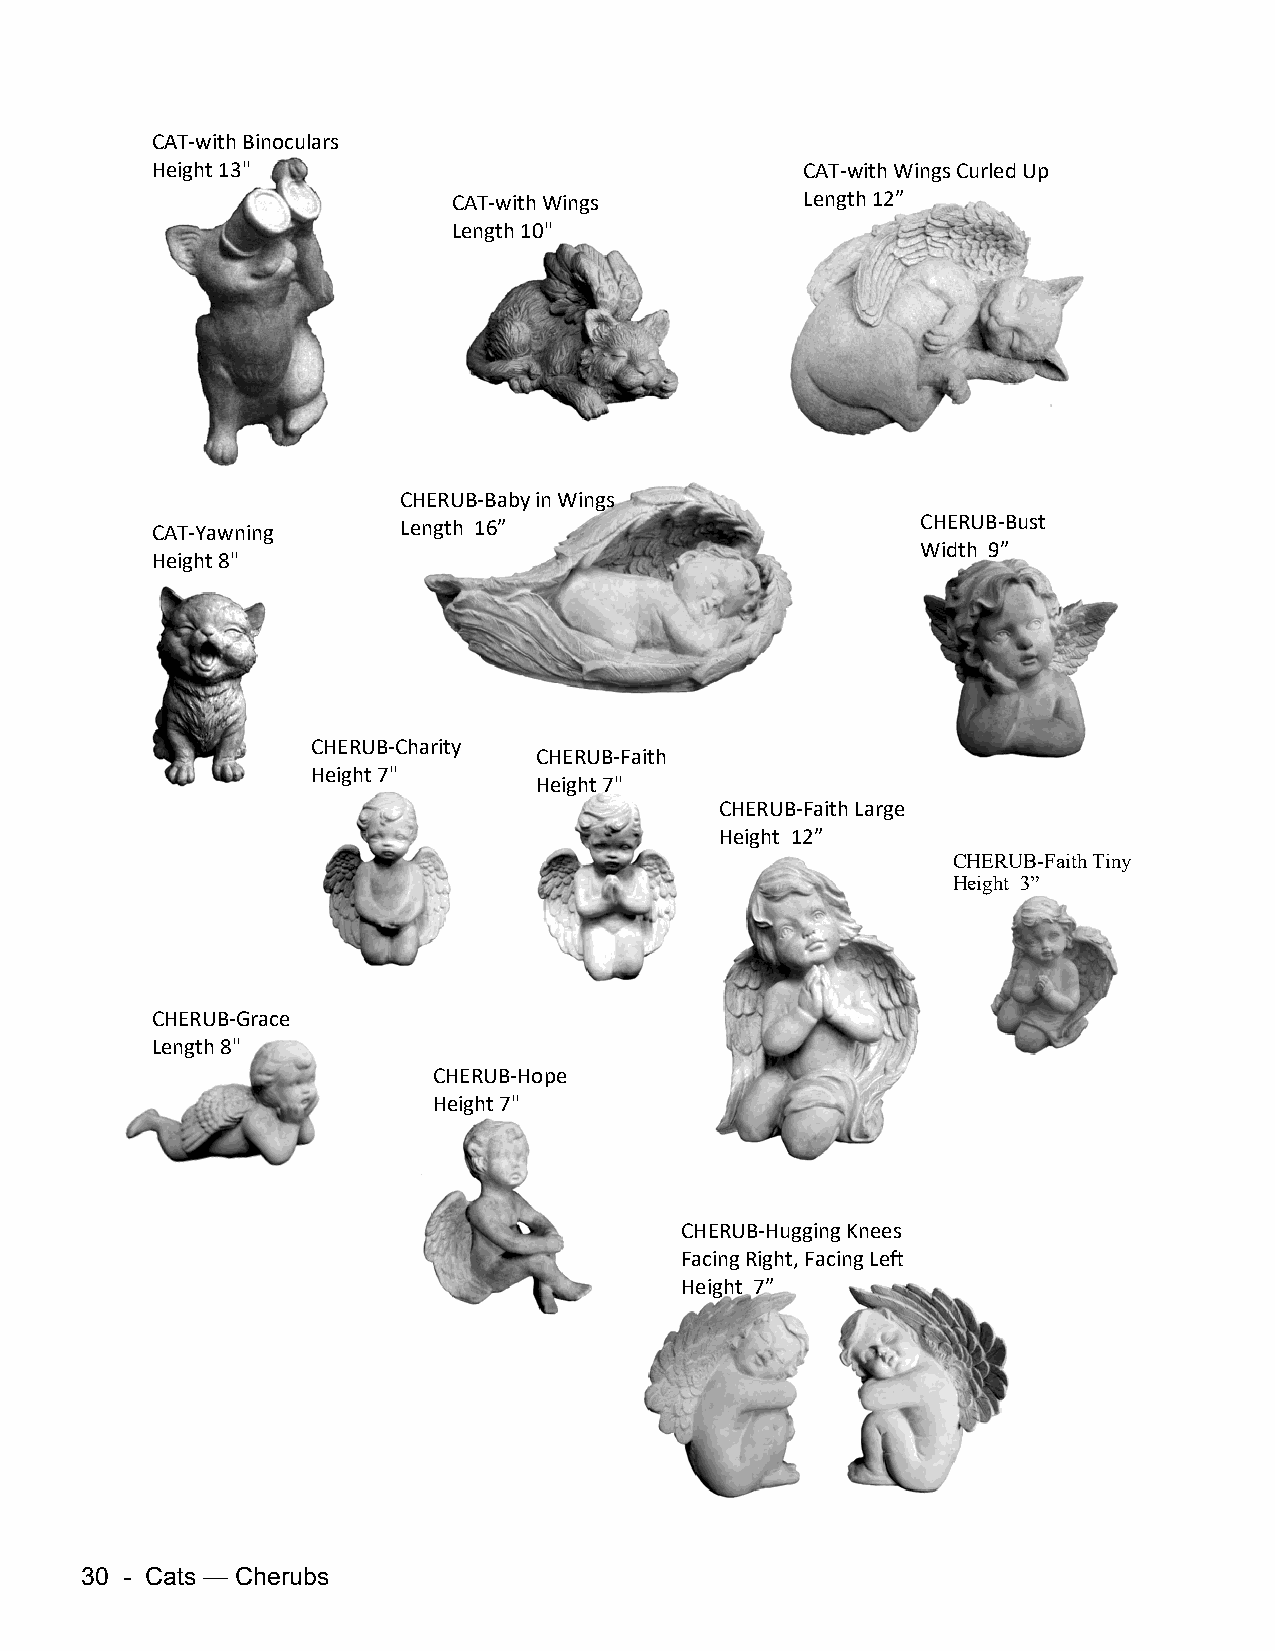
CAT-with Binoculars
 Height 13"                                 CAT-with Wings Curled Up
 CAT-with Wings         Length 12”
 Length 10"
 CHERUB-Baby in Wings
 CAT-Yawning     Length 16”                         CHERUB-Bust
 Width 9”
 Height 8"
 CHERUB-Charity
 CHERUB-Faith
 Height 7"
 Height 7"
 CHERUB-Faith Large
 Height 12”
 CHERUB-Faith Tiny
 Height 3”
 CHERUB-Grace
 Length 8"
 CHERUB-Hope
 Height 7"
 CHERUB-Hugging Knees
 Facing Right, Facing Left
 Height 7”
 30 - Cats — Cherubs